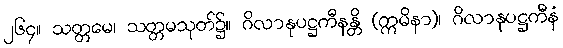
၂၆၄။ သတ္တမေ၊ သတ္တမသုတ်၌။ ဂိလာနုပဋ္ဌကီနန္တိ (ဣမိနာ)၊ ဂိလာနုပဋ္ဌကီနံ